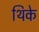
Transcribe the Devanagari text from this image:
थिके